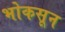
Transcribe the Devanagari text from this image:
भोकसून